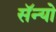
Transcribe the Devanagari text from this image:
सॅन्यो